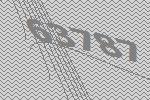
63787